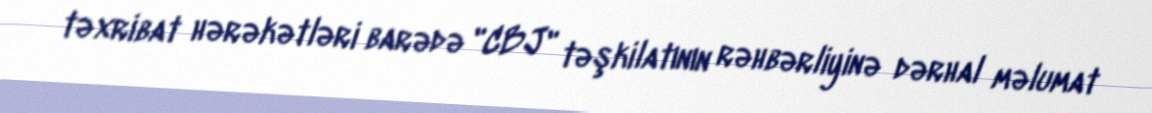
təxribat hərəkətləri barədə "CBJ" təşkilatının rəhbərliyinə dərhal məlumat